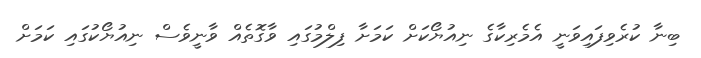
ބިނާ ކުރެވިފައިވަނީ އެމެރިކާގެ ނިއުޔޯކަށް ކަމަށާ ފިލްމުގައި ވާގޮތެއް ވާނީވެސް ނިއުޔޯކުގައި ކަމަށް